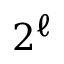
2 ^ { \ell }